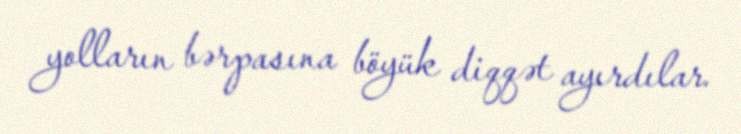
yolların bərpasına böyük diqqət ayırdılar.